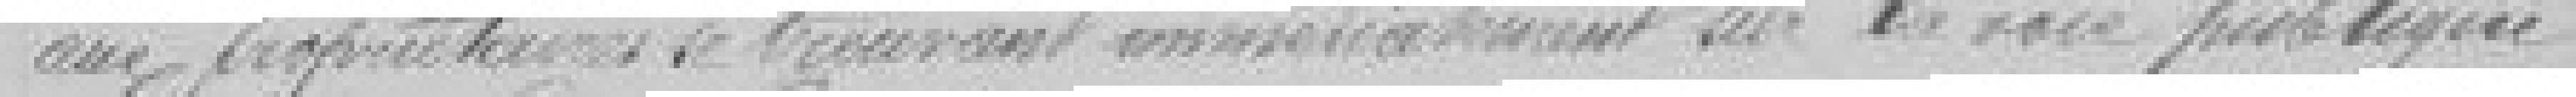
aux propriétaires se trouvant immédiatement sur la voie publique